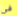
فى